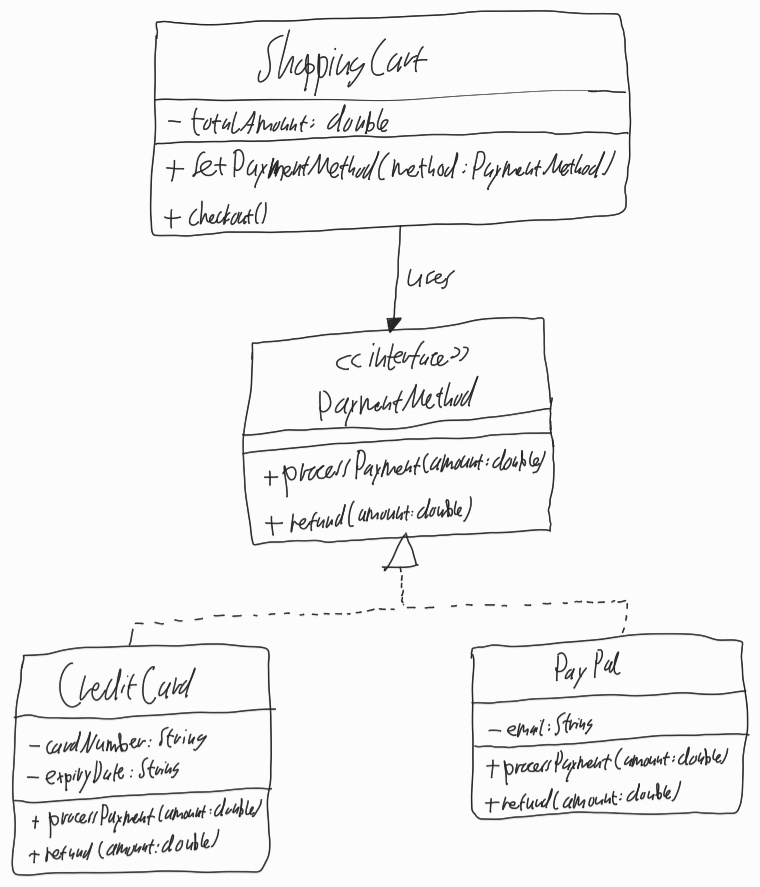
Diagram type: class_diagram
```plantuml
@startuml

class ShoppingCart {
  - totalAmount: double
  + setPaymentMethod(method: PaymentMethod)
  + checkout()
}

interface PaymentMethod {
  + processPayment(amount: double)
  + refund(amount: double)
}

class CreditCard implements PaymentMethod {
  - cardNumber: String
  - expiryDate: String
  + processPayment(amount. double)
  + refund(amount: double)
}

class PayPal implements PaymentMethod {
  - email: String
  + processPayment(amount. double)
  + refund(amount: double)
}

ShoppingCart --> PaymentMethod : uses

@enduml
```